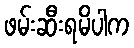
ဖမ်းဆီးရမိပါက